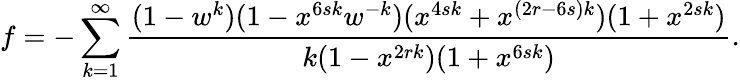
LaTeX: f=-\sum_{k=1}^{\infty}\frac{(1-w^{k})(1-x^{6sk}w^{-k})(x^{4sk}+x^{(2r-6s)k})(1+x^{2sk})}{k(1-x^{2rk})(1+x^{6sk})}.